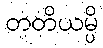
တတိယမ္ပိ